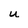
Character: u